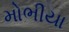
મોભીયા